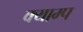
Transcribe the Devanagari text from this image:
क्याम्प